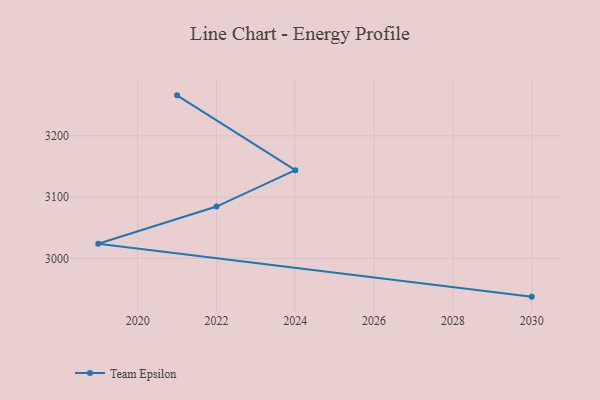
{"axis": {"x": "Year", "y": "Active Users"}, "legend": ["Team Epsilon"], "data": [{"x": "2030", "y": 2937.7, "type": "Team Epsilon"}, {"x": "2019", "y": 3023.9, "type": "Team Epsilon"}, {"x": "2022", "y": 3084.7, "type": "Team Epsilon"}, {"x": "2024", "y": 3144.0, "type": "Team Epsilon"}, {"x": "2021", "y": 3266.1, "type": "Team Epsilon"}]}